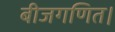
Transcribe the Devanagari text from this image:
बीजगणित।